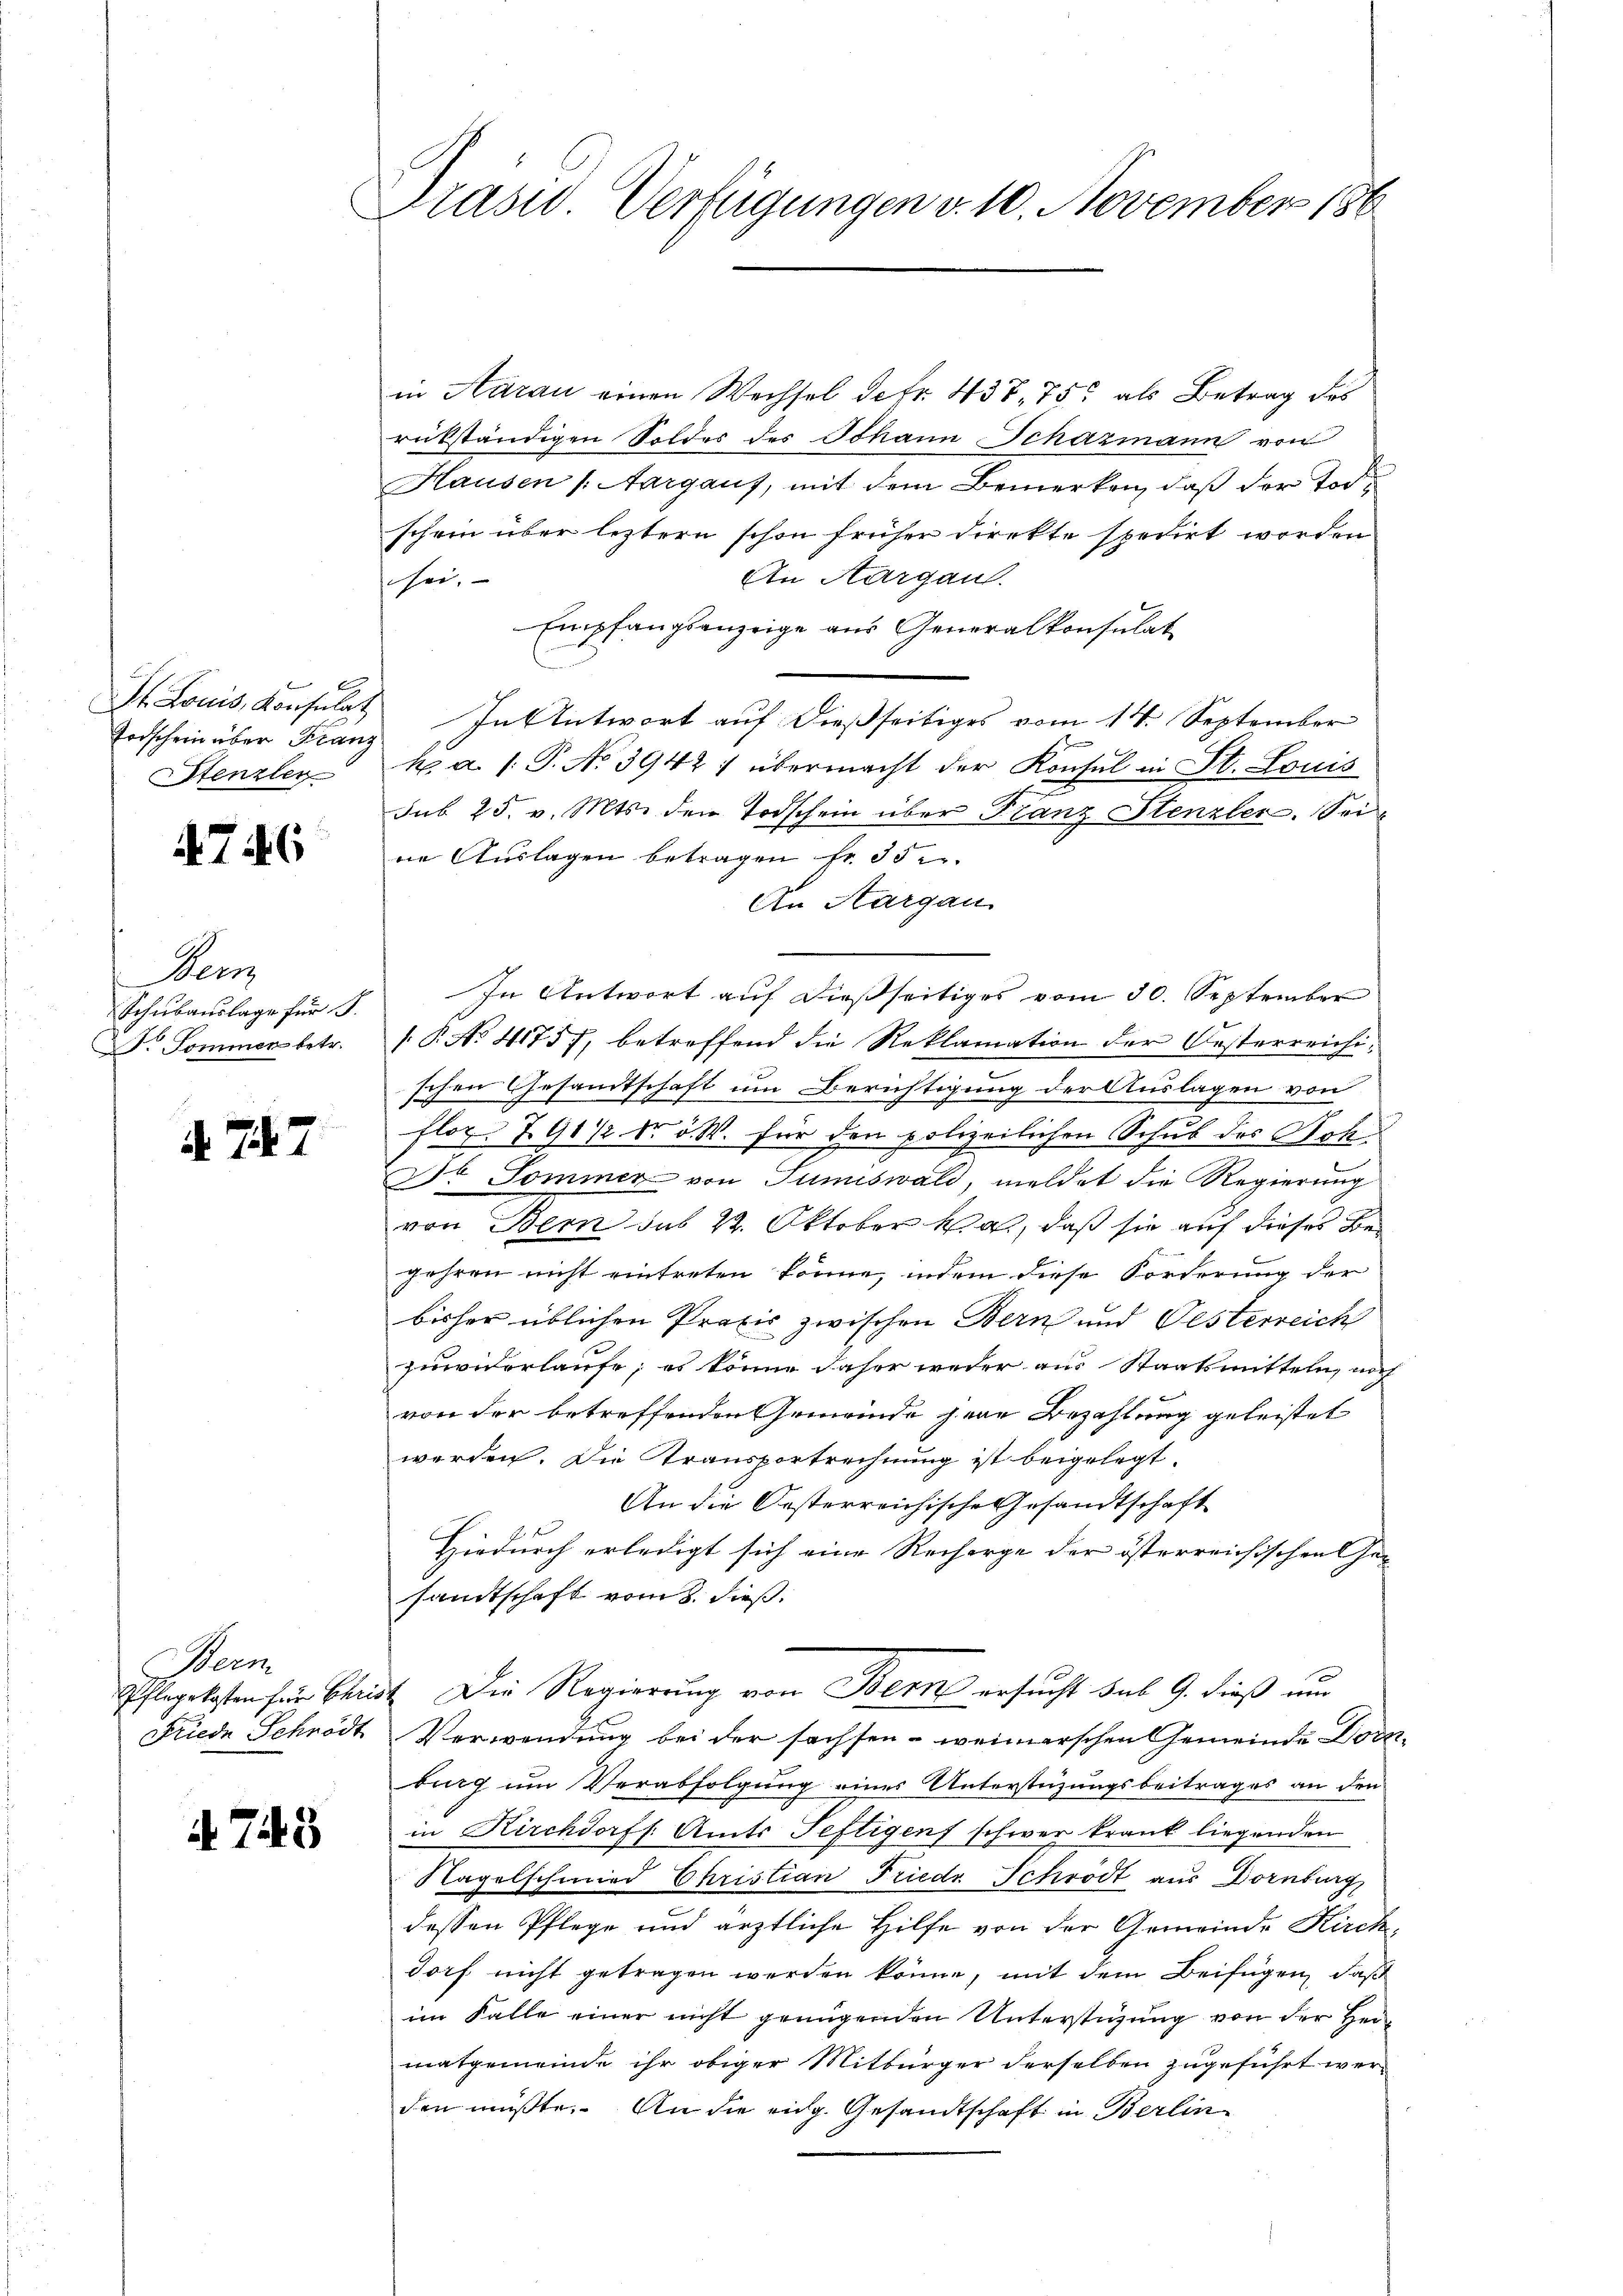
St. Louis, Konsulat
Todschein über Franz
Stenzler

4746

Sem
Schubauslage für
P. Sommer betr.

A. 747

Wein
Pflegekosten für Chri¬
Friede Schrödt

A 745

Drasid Verfügungen v. 10. November 186

in Aarau einen Wechsel defr. 438. 75 als Betrag des
rükständigen Soldes des Johann Schazmann von
Hausen /: Aargaus, mit dem Bemerken, daß der Tod
schein über leztern schon früher direkte spedirt worden
An Aargau.
sei.
Empfangsanzeige aus Generalkonsulat
In Antwort auf dießseitiges vom 14. September
k. a. (T. No 3942) übermacht der Konsul in St. Louis
sub. 25. v. Mts. den Todschein über Franz Stenzler. Sei
ne Auslagen betragen fr. 35
An Aargau.
In Antwort auf dießseitiges vom 30. September
[P No 41757, betreffend die Reklamation der Oesterreichischen Gesamtschaft um Berichtigung der Auslagen von
floz. 798 1/2 Fr. 5. W. für den polizeilichen Schub des Hoh¬
Dr. Sommer von Tumiswald, meldet die Regierung
von Bern sub 22. Oktober hat, daß sie auf dieses Bejahren nicht eintreten könne, indem diese Forderung der
bisher üblichen Praxis zwischen Bern und Oesterreich
zuwiderlaufe; es könne daher weder aus Staatsmitteln, noch
von der betreffenden Gemeinde gene Bezahlung geleistet
werden. Die Transportrechnung ist beigelegt.
An die Oesterreichische Gesandtschaft
Hiedurch erledigt sich eine Recharge der österreichischen Ge-
sandtschaft vom 8. dieß.
34. Die Regierung von Bern ersucht sub 9. dieß um
Verwendung bei der sachsen - weinerschen Gemeinde Dors
burg um Verabfolgung eines Unterstüzungsbeitrages an den
in Kirchdorff Amts Seftigenf schwer krank liegenden
Nagelschmied Christian Friede Schrödt aus Dornburg
dessen Pflege und ärztliche Hilfe von der Gemeinde Kirchdorf nicht getragen werden könne, mit dem Beifügen, daß
im Falle einer nicht genügenden Unterstüzung von der Herr
matgemeinde ihr obiger Mitbürger derselben zugeführt werden müßte. An die eidg. Gesandtschaft in Berlin